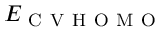
E _ { \mathrm { ~ C ~ V ~ H ~ O ~ M ~ O ~ } }